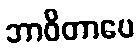
ဘာဝိတာပေ